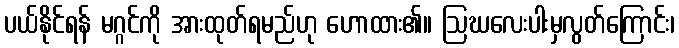
ပယ်နိုင်ရန် မဂ္ဂင်ကို အားထုတ်ရမည်ဟု ဟောထား၏။ ဩဃလေးပါးမှလွတ်ကြောင်း၊